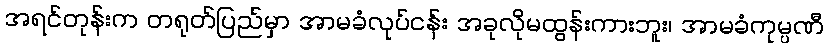
အရင်တုန်းက တရုတ်ပြည်မှာ အာမခံလုပ်ငန်း အခုလိုမထွန်းကားဘူး၊ အာမခံကုမ္ပဏီ